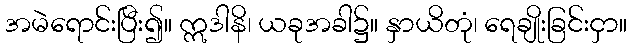
အမဲရောင်းပြီး၍။ ဣဒါနိ၊ ယခုအခါ၌။ နှာယိတုံ၊ ရေချိုးခြင်းငှာ။